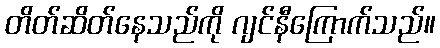
တိတ်ဆိတ်နေသည်ကို ဂျင်နီကြောက်သည်။